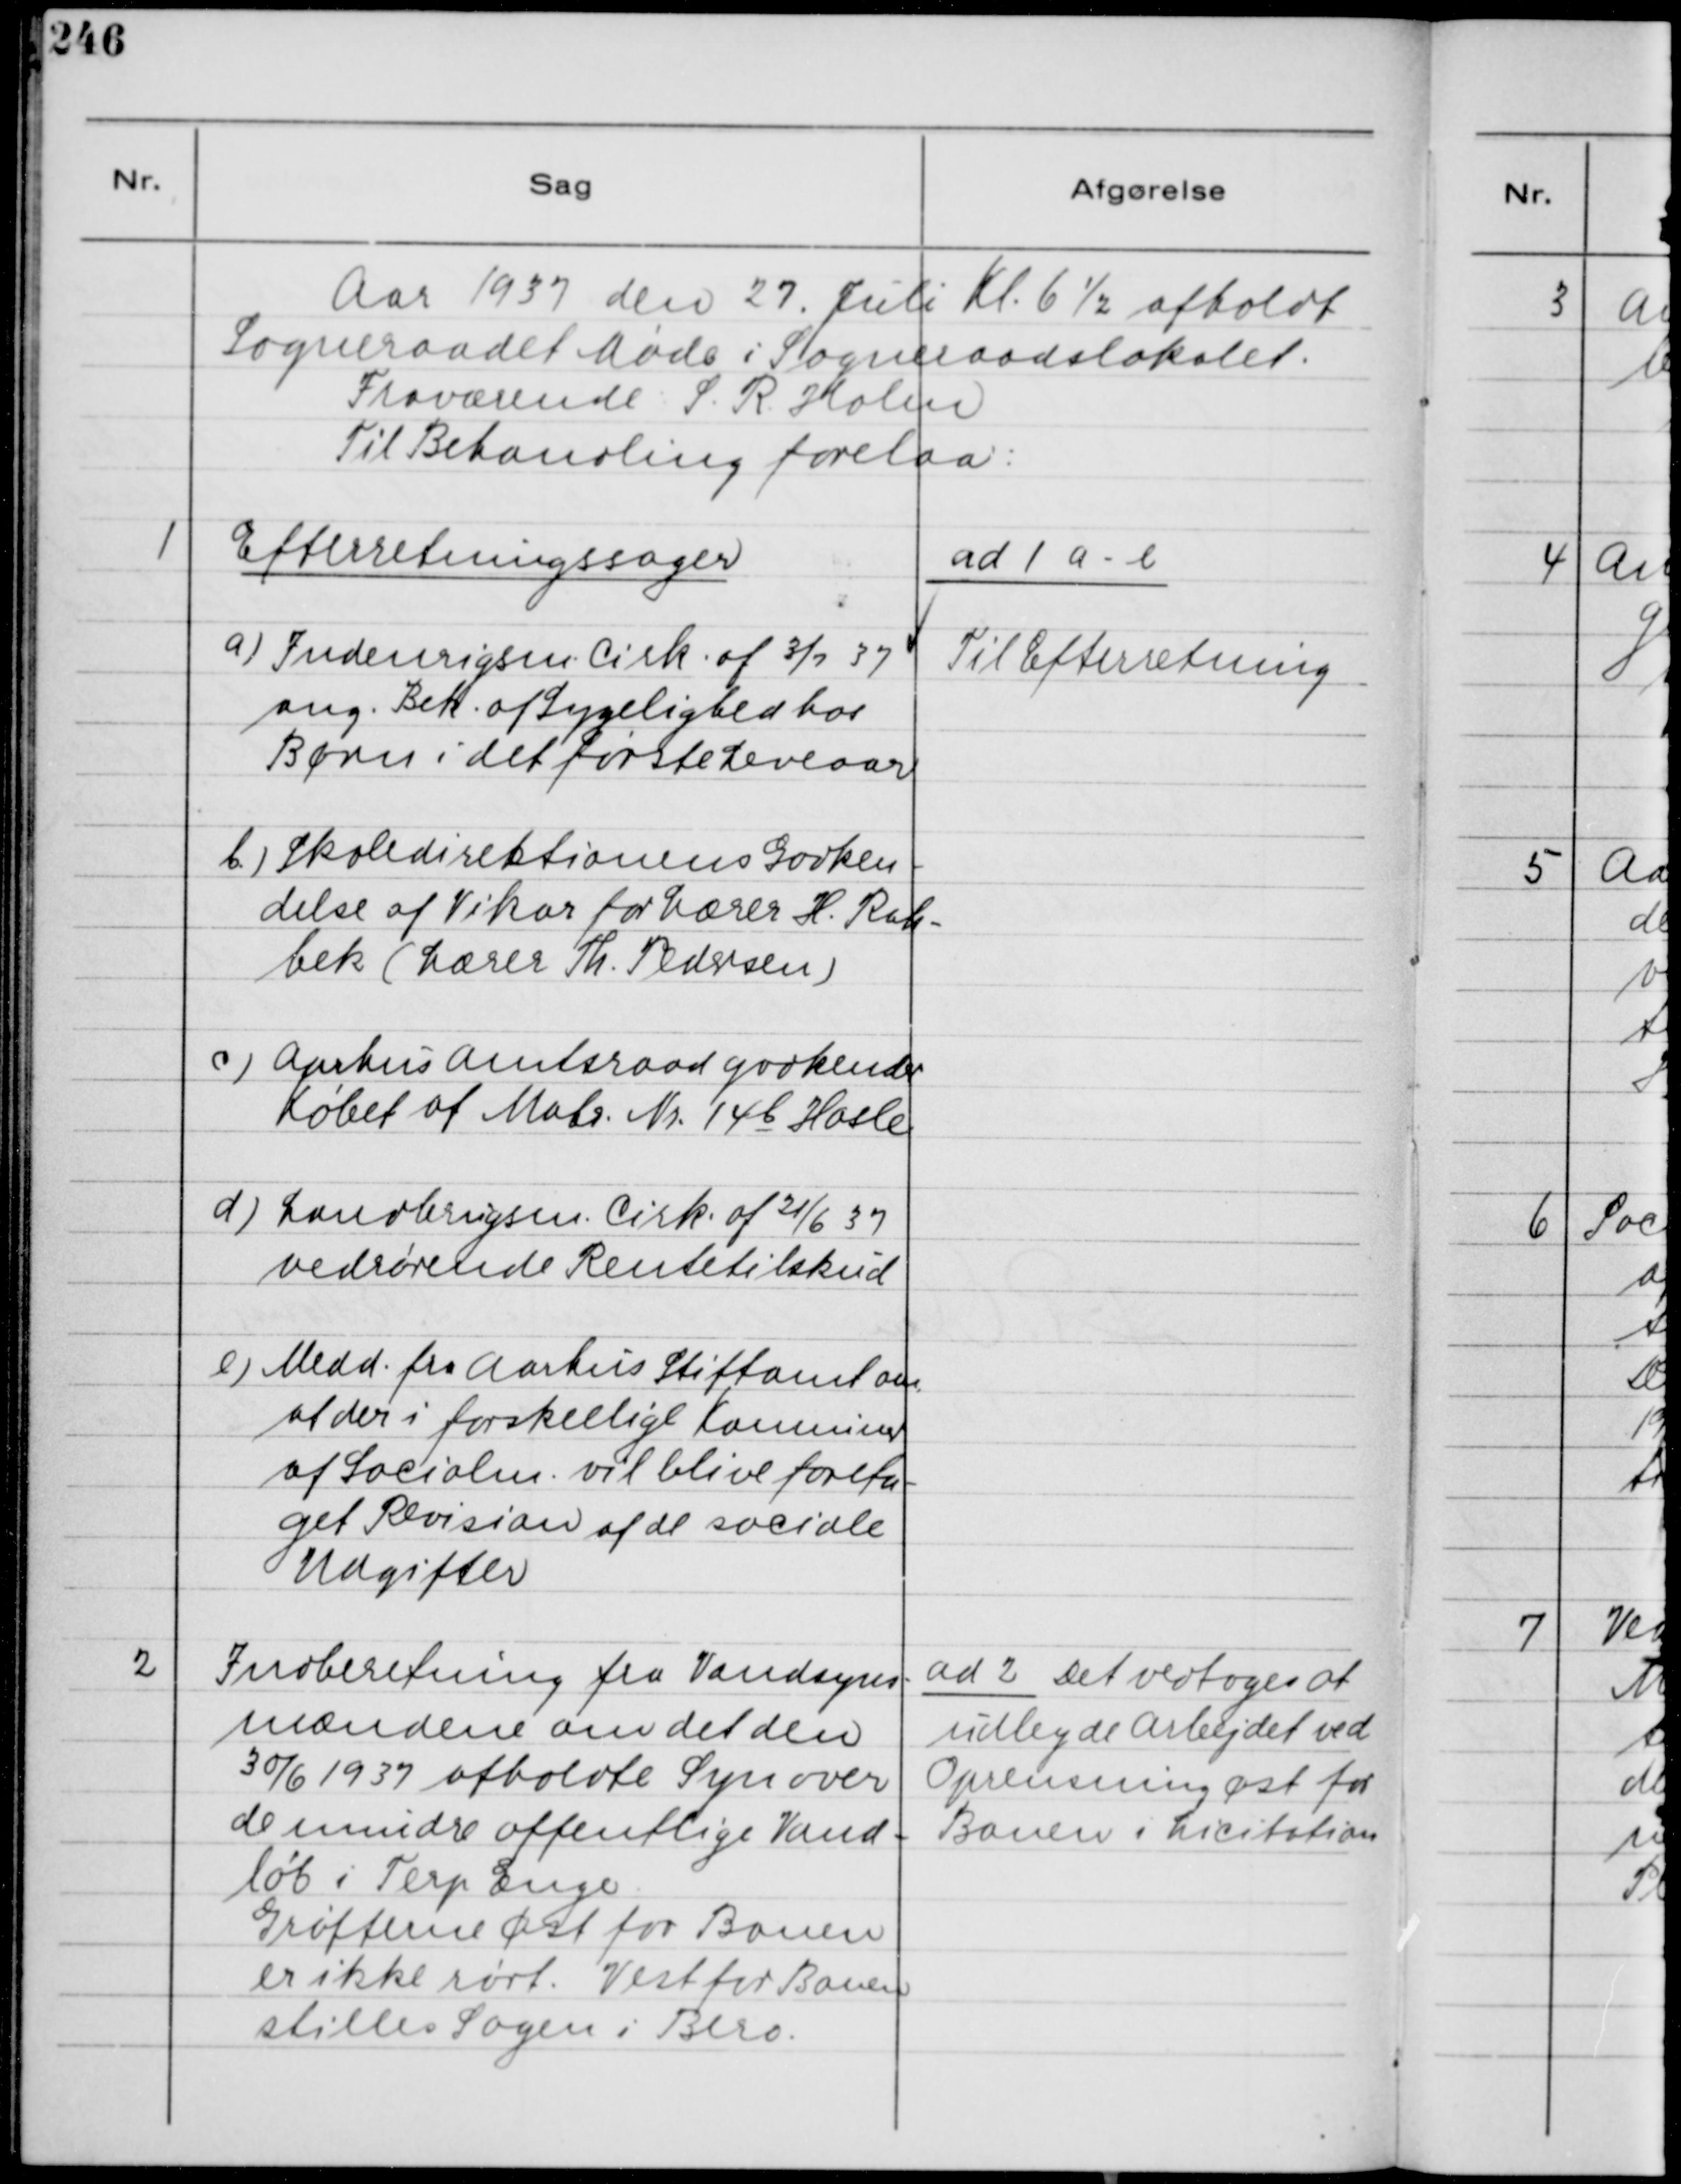
Transskription:
Aar 1937 den 27. Juli Kl. 6½ afholdt
Sogneraadet Møde i Sogneraadslokalet.
Fraværende S. R. Holm
Til Behandling forelaa:

1
Efterretningssager
a) Indenrigm Cirk. af 3/7 37
ang. Beh. af Sygelighed hos
Børn i det første Leveaar
b) Skoledirektionens Godken-
delse af Vikar for Lærer H. Rah-
bek ( Lærer Th. Pedersen )
c) Aarhus Amtsraad godkender
Købet af Matr. Nr. 14 b Hasle
d) Landbrugsm. Cirk. af 21/6 37
vedrørende Rentetilskud
e) Medd. fra Aarhus Stiftamt om
at der i forskellige Konnuner
af Socialm. vil blive foreta-
get Revision af de sociale
Udgifter

ad 1 a-e
Til Efterretning

2
Indberetning fra Vandsyns-
mændene om det den
30/6 1937 afholdte Syn over
de mindre offentlige Vand-
løb i Terp Enge.
Grøfterne Øst for Banen
er ikke rørt. Vest for Banen
stilles Sagen i Bero.

ad 2 Det vedtoges at
udbyde Arbejdet ved
Oprensning øst for
Banen i Licitation.